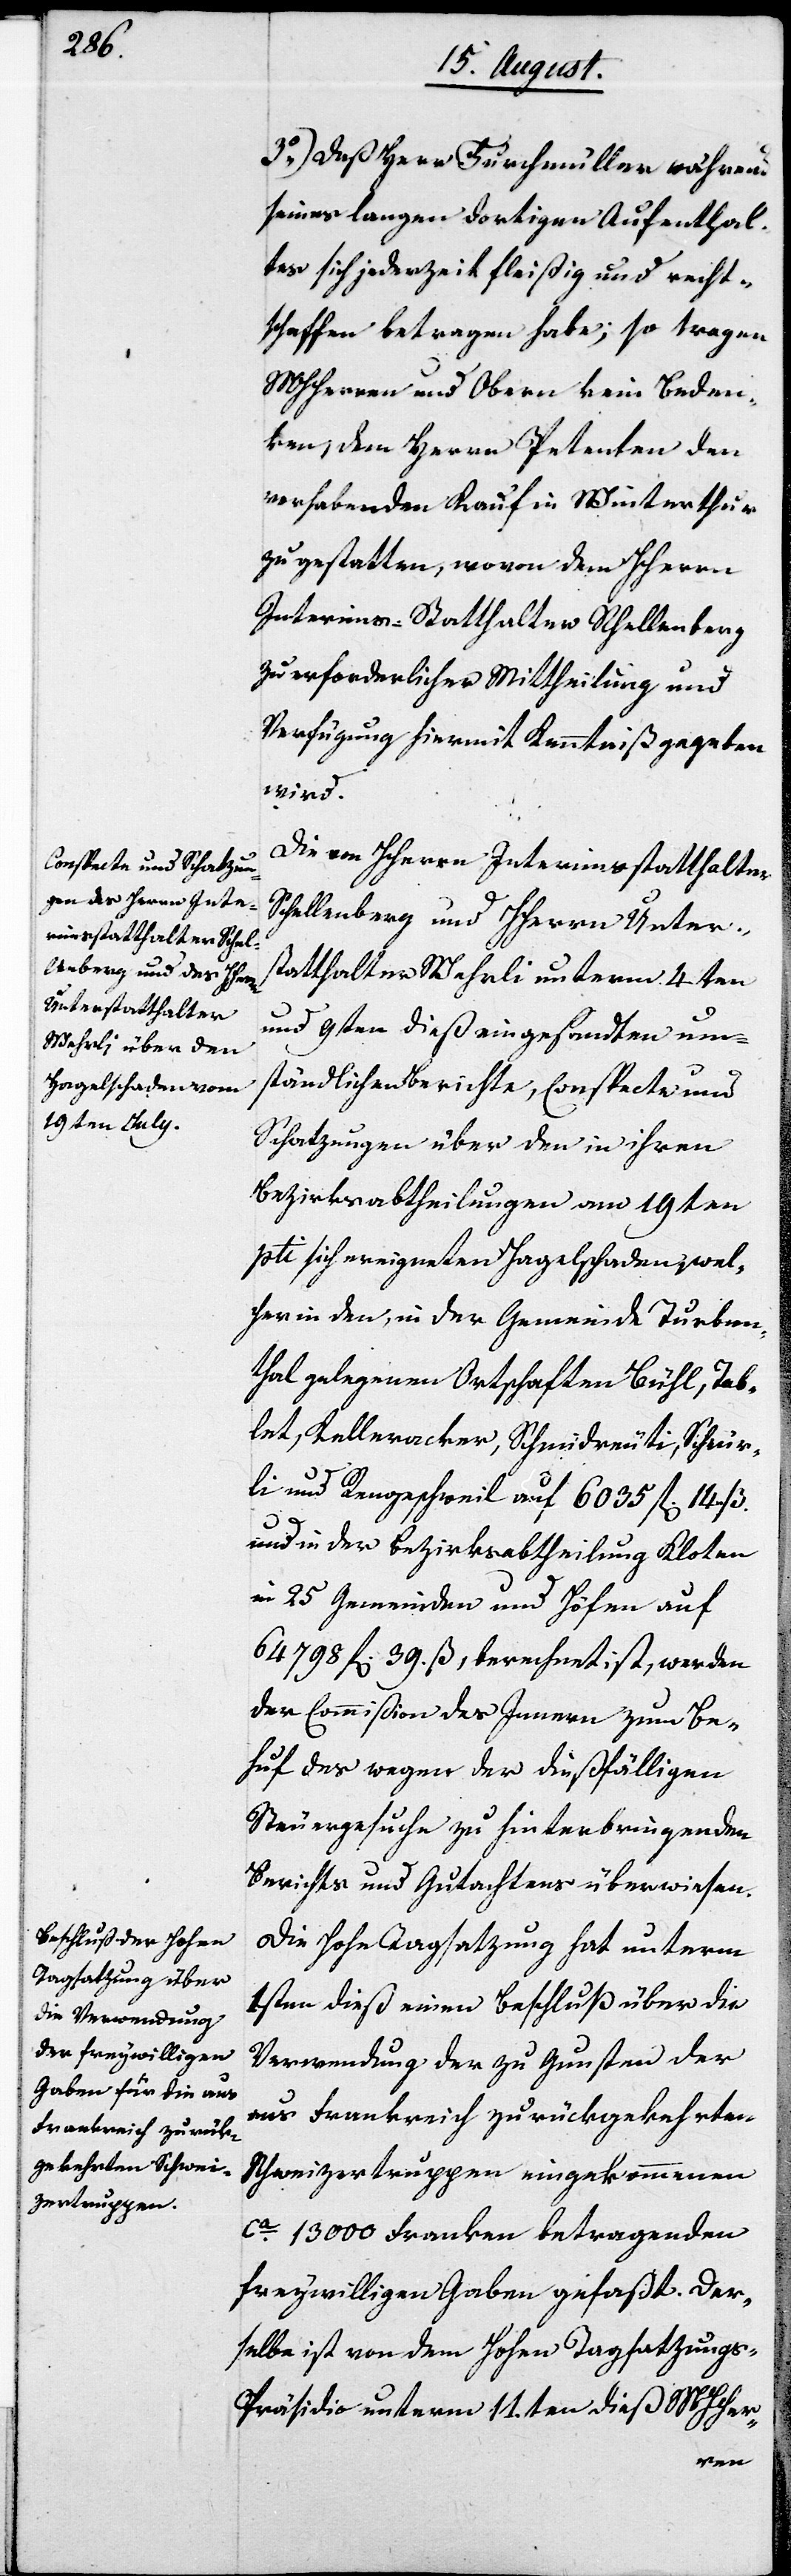
3.) Daß Herr Furchmüller während
seines langen dortigen Aufenthal¬
tes sich jederzeit fleißig und recht¬
schaffen betragen habe; so tragen
MHHerren und Obern keine Beden¬
ken, dem Herrn Petenten den
vorhabenden Kauf in Winterthur
zu gestatten, wovon dem HHerrn
Interims-Statthalter Schellenberg
zu erforderlicher Mittheilung und
Verfügung hiermit Kenntniß gegeben
wird.
Die Hohe Tagsatzung hat unterm
1sten dieß einen Beschluß über die
Verwendung der zu Gunsten der
aus Frankreich zurückgekehrten
Schweizertruppen eingekommenen
ca. 13000 Franken betragenden
freywilligen Gaben gefaßt. Der¬
selbe ist von dem Hohen Tagsatzung¬
s-Präsidio unterm 11ten dieß MHHe-